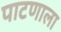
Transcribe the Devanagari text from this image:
पाटणाला